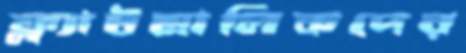
ফ্ল্যাটমালিকদের